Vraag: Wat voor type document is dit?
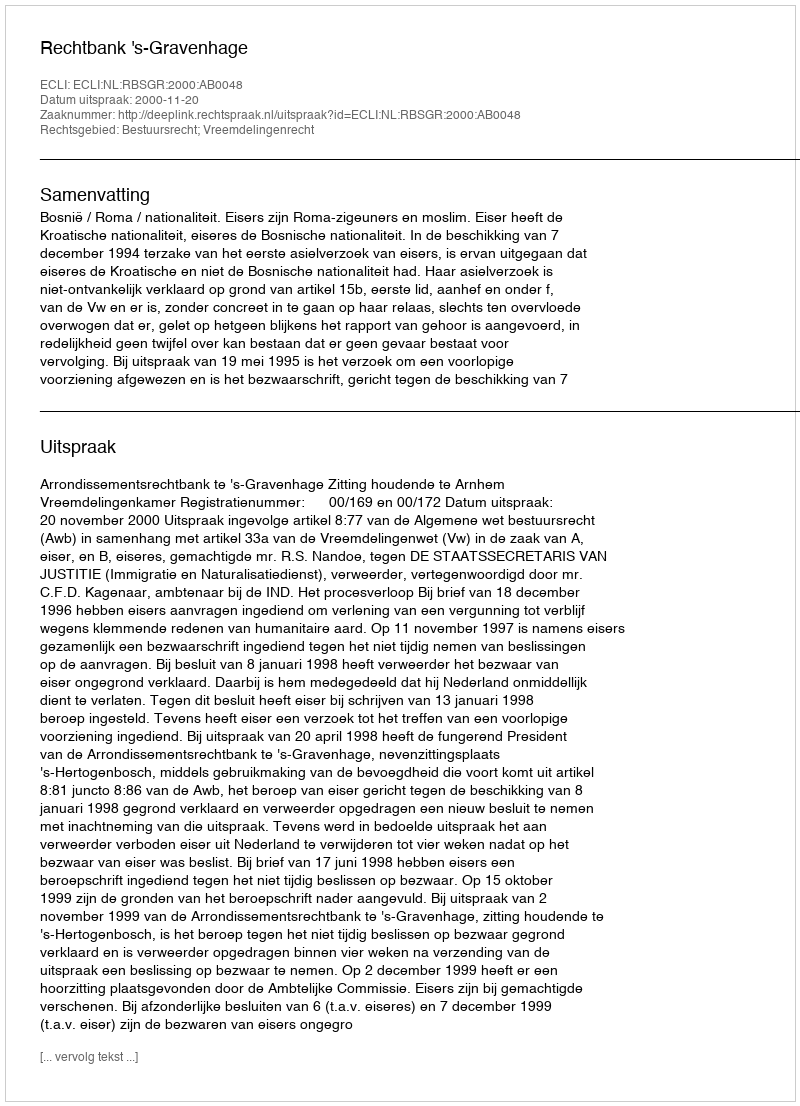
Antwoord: Uitspraak